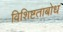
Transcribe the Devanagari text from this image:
विशिष्टताबोध